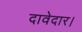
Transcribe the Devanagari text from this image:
दावेदार।